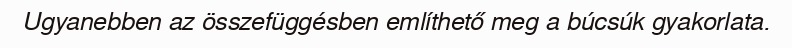
Ugyanebben az összefüggésben említhető meg a búcsúk gyakorlata.